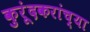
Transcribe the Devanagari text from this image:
कुरूंदकरांच्या